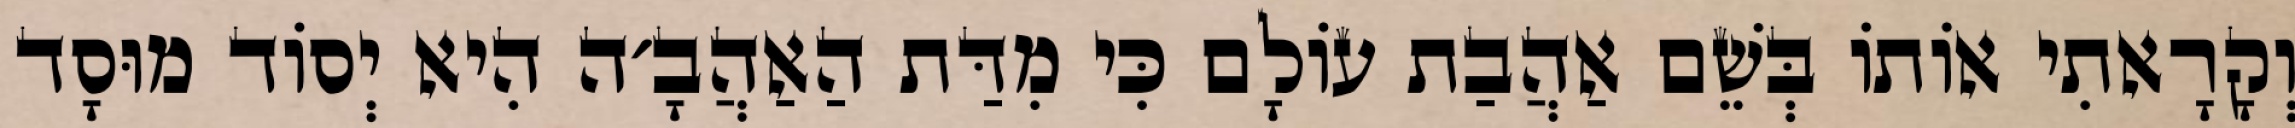
וְקָרָאתִי אוֹתוֹ בְּשֵׁם אַהֲבַת עוֹלָם כִּי מִדַּת הַאַהֲבָ׳ה הִיא יְסוֹד מוּסָד